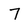
Character: 7